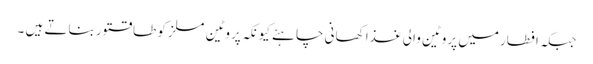
جبکہ افطار میں پروٹین والی غذا کھانی چاہئے کیونکہ پروٹین مسلز کو طاقتور بناتے ہیں ۔